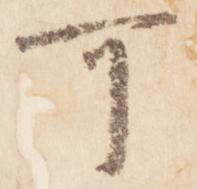
可